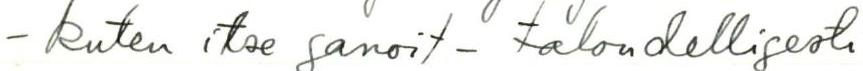
- kuten itse sanoit - taloudellisesti